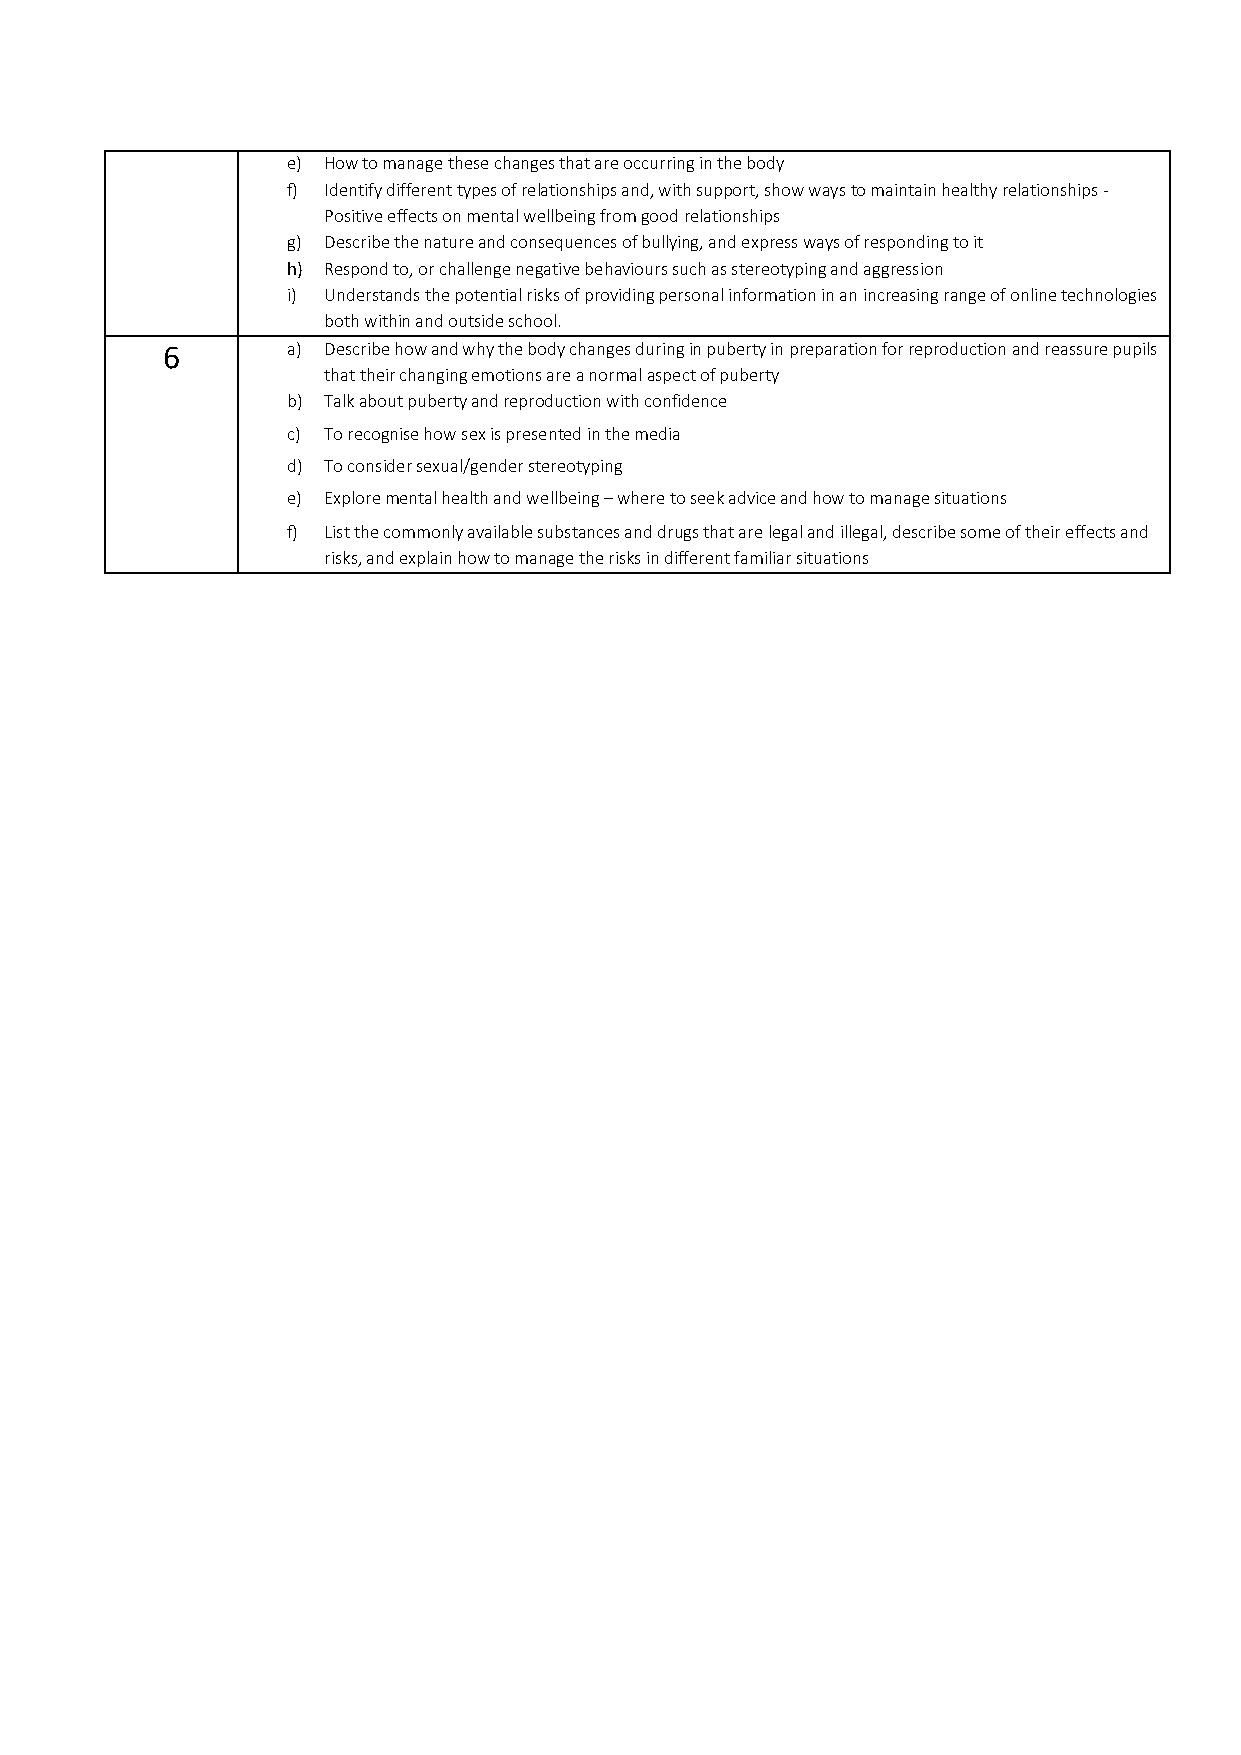
e) How to manage these changes that are occurring in the body
 f) Identify different types of relationships and, with support, show ways to maintain healthy relationships -
 Positive effects on mental wellbeing from good relationships
 g) Describe the nature and consequences of bullying, and express ways of responding to it
 h) Respond to, or challenge negative behaviours such as stereotyping and aggression
 i) Understands the potential risks of providing personal information in an increasing range of online technologies
 both within and outside school.
 6       a) Describe how and why the body changes during in puberty in preparation for reproduction and reassure pupils
 that their changing emotions are a normal aspect of puberty
 b) Talk about puberty and reproduction with confidence
 c) To recognise how sex is presented in the media
 d) To consider sexual/gender stereotyping
 e) Explore mental health and wellbeing – where to seek advice and how to manage situations
 f) List the commonly available substances and drugs that are legal and illegal, describe some of their effects and
 risks, and explain how to manage the risks in different familiar situations